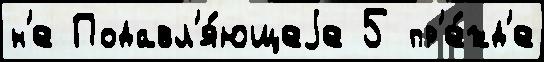
н'е Подавл'я́ющеjе 5 пр'е́жд'е